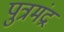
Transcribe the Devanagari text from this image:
पुत्रमंद्र